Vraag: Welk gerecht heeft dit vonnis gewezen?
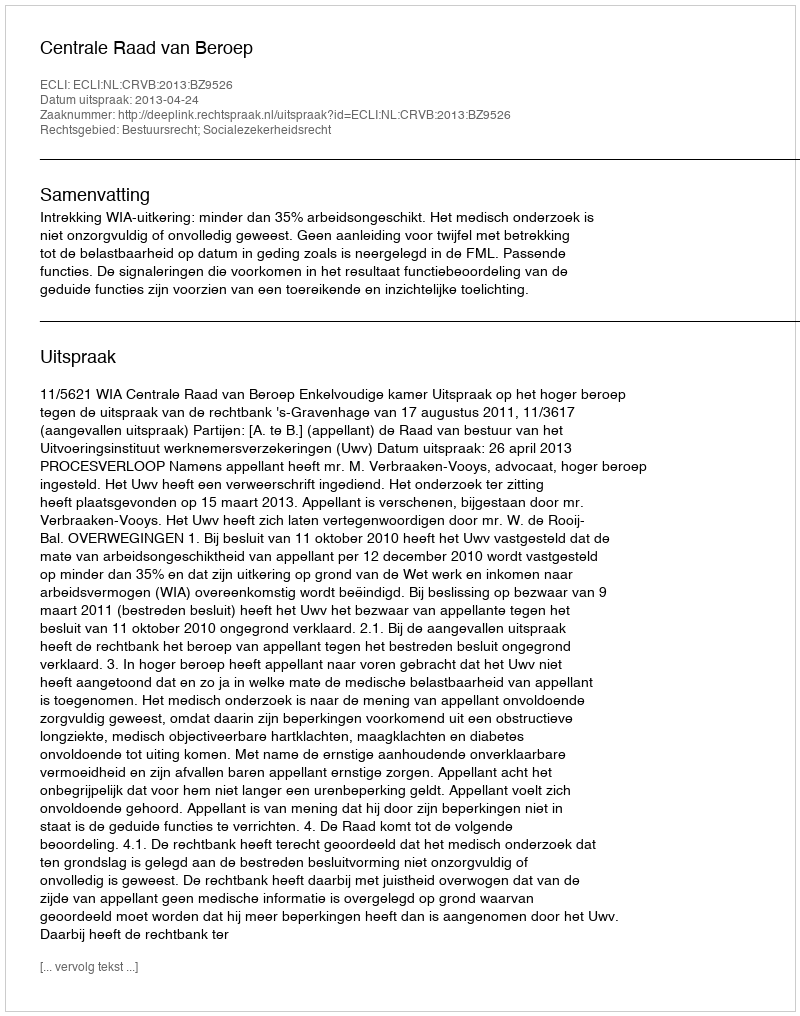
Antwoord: Centrale Raad van Beroep